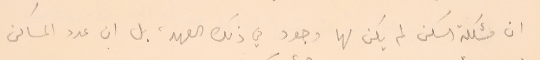
ان مشكلة السكن لم يكن لها وجود في ذلك العهد، بل ان عدد المساكن